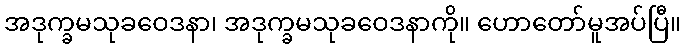
အဒုက္ခမသုခဝေဒနာ၊ အဒုက္ခမသုခဝေဒနာကို။ ဟောတော်မူအပ်ပြီ။